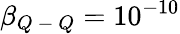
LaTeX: \beta_{Q\mathrm{~-~}Q}=10^{-10}